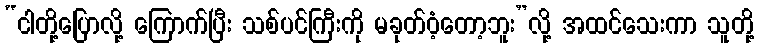
“ငါတို့ပြောလို့ ကြောက်ပြီး သစ်ပင်ကြီးကို မခုတ်ဝံ့တော့ဘူး”လို့ အထင်သေးကာ သူတို့